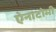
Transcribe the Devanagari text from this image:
ऐनाटोमी